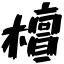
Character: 檀